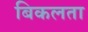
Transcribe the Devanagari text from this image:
बिकलता